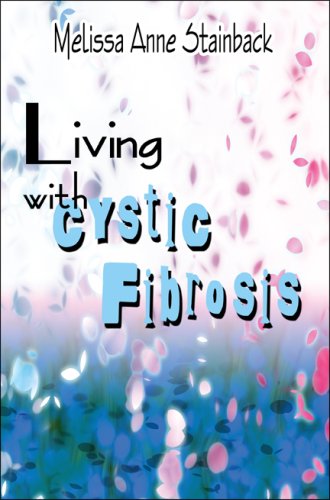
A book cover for Living with Cystic Fibrosis; Melissa Anne Stainback; Health, Fitness & Dieting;